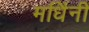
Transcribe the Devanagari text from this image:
मर्धिनी